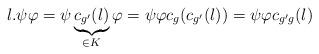
LaTeX: \begin{align*}l. \psi \varphi=\psi \underbrace{c_{g'}(l)}_{\in K}\varphi=\psi \varphi c_{g}(c_{g'}(l))=\psi \varphi c_{g'g}(l)\end{align*}